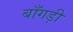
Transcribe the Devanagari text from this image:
बाँगड़ी